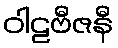
ဝါဠဗီဇနီ